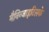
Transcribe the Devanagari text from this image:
मैनिन्जाइटिसके